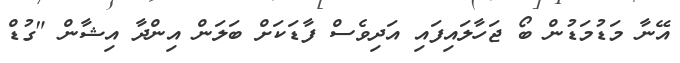
އޭނާ މަޑުމަޑުން ބޯ ޖަހާލައިފައި އަދިވެސް ފާޑަކަށް ބަލަން އިންދާ އިޝާން "ގުޑް